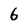
Character: 6